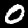
Digit: 0